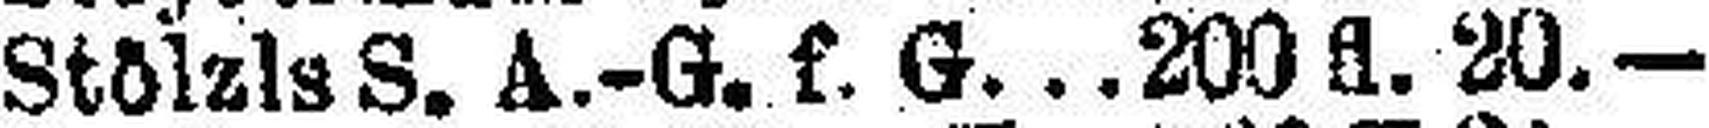
Stölzls S. A.-G. f. G. 200 fl. 20.—